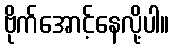
ဗိုက်အောင့်နေလို့ပါ။